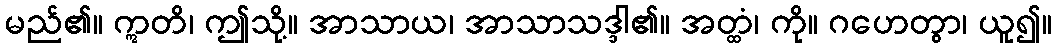
မည်၏။ ဣတိ၊ ဤသို့။ အာသာယ၊ အာသာသဒ္ဒါ၏။ အတ္ထံ၊ ကို။ ဂဟေတွာ၊ ယူ၍။